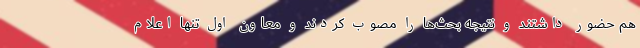
هم حضور داشتند و نتیجه بحث‌ها را مصوب کردند و معاون اول تنها اعلام